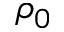
\rho _ { 0 }